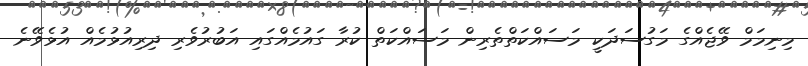
މިނިމަމް ވޭޖެއްގެ މަގުސަދަކީ މަސައްކަތްތެރިން މަސައްކަތް ކުރާ ގައުމެއްގައި އަބުރުވެރި ދިރިއުޅުމެއް އުޅެވޭނެ